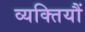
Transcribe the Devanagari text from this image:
व्यक्तियौं